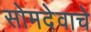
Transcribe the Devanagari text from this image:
सोमदेवाचे